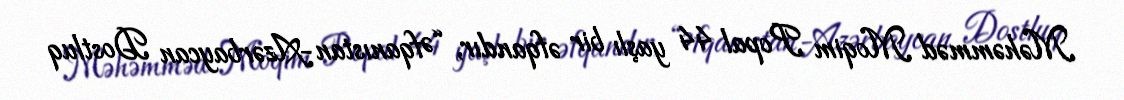
Məhəmməd Moqim Popal 44 yaşlı bir əfqandır, “Əfqanıstan-Azərbaycan Dostluq